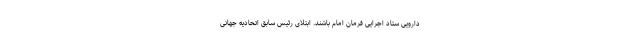
دارویی ستاد اجرایی فرمان امام باشند. ابتلای رئیس سابق اتحادیه جهانی